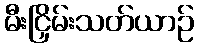
မီးငြှိမ်းသတ်ယာဉ်